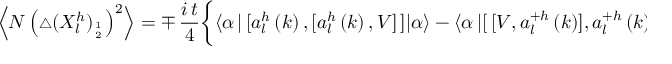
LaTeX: \begin{array} { l } { { \Bigl \langle N \left( { \scriptstyle \triangle } ( X _ { l } ^ { h } ) _ { 1 \atop 2 } \right) ^ { 2 } \Bigr \rangle = \mp \, \displaystyle \frac { i \, t } { 4 } \biggl \{ \langle \alpha \, | \, [ a _ { l } ^ { h } \left( k \right) , [ a _ { l } ^ { h } \left( k \right) , V ] \, ] | \alpha \rangle - \langle \alpha \, | [ \, [ V , a _ { l } ^ { + h } \left( k \right) ] , a _ { l } ^ { + h } \left( k \right) ] \alpha \rangle \biggr \} , } } \end{array}